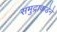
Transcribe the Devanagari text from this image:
समुद्राकडेने